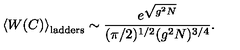
\left< W ( C ) \right> _ { \mathrm { l a d d e r s } } \sim \frac { e ^ { \sqrt { g ^ { 2 } N } } } { ( \pi / 2 ) ^ { 1 / 2 } ( g ^ { 2 } N ) ^ { 3 / 4 } } .